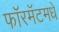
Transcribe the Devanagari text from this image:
फॉरमॅटमधे